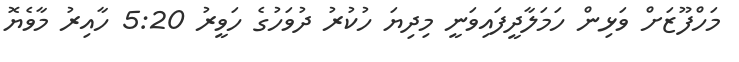
މަހްފޫޒަށް ވަޅިން ހަމަލާދީފައިވަނީ މިދިޔަ ހުކުރު ދުވަހުގެ ހަވީރު 5:20 ހާއިރު މާވެޔޮ